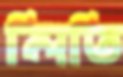
লিতি